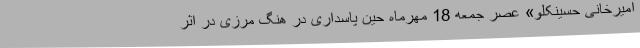
امیرخانی حسینکلو» عصر جمعه 18 مهرماه حین پاسداری در هنگ مرزی در اثر